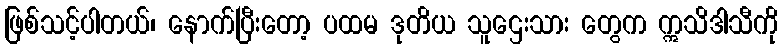
ဖြစ်သင့်ပါတယ်၊ နောက်ပြီးတော့ ပထမ ဒုတိယ သူဌေးသား တွေက ဣသိဒါသီကို